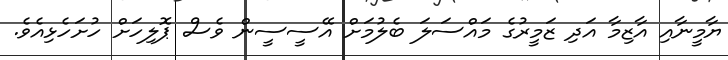
ޔާމީނާއި އާޒިމާ އަދި ޒަމީރުގެ މައްސަލަ ބެލުމަށް އޭސީސީން ވެސް ޕޮލިހަށް ހުށަހެޅިއެވެ.